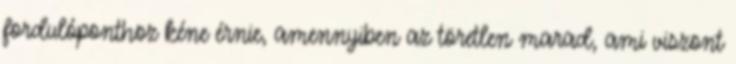
fordulóponthoz kéne érnie, amennyiben az töretlen marad, ami viszont